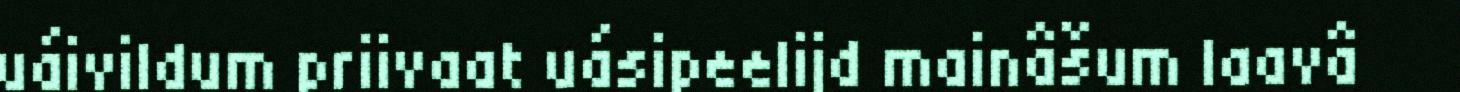
uáivildum priivaat uásipeelijd mainâšum laavâ